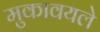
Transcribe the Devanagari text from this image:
मुकावयले